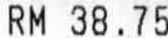
RM 38.75